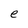
Character: e